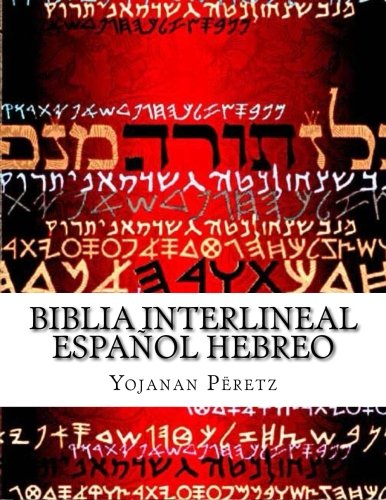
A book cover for BIblia Interlineal  EspaÃ±ol Hebreo: La Restauracion (.Bereshit - Genesis ) (Volume 1) (Spanish Edition); More Yojanan ben PÃ«retz; Christian Books & Bibles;